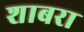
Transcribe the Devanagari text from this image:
शाबरा